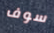
سوف